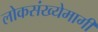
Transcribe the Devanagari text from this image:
लोकसंख्येमागी